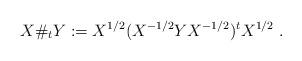
LaTeX: \begin{align*}X\#_t Y := X^{1/2}(X^{-1/2}YX^{-1/2})^t X^{1/2}\ .\end{align*}